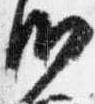
御